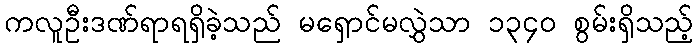
ကလူဦးဒဏ်ရာရရှိခဲ့သည် မရှောင်မလွှဲသာ ၁၃၄၀ စွမ်းရှိသည့်